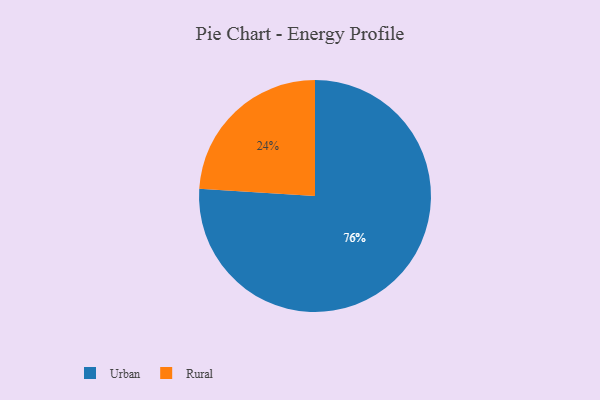
{"axis": {"x": "Category", "y": "Percentage"}, "legend": ["Rural", "Urban"], "data": [{"x": "Rural", "y": 24, "type": "Rural"}, {"x": "Urban", "y": 76, "type": "Urban"}]}